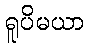
ရူပိမယာ